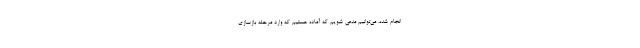
انجام شده، می‌توانیم مدعی شویم که آماده هستیم که وارد مرحله بازسازی